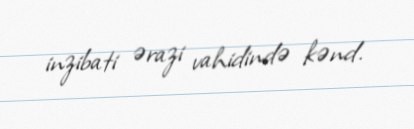
inzibati ərazi vahidində kənd.